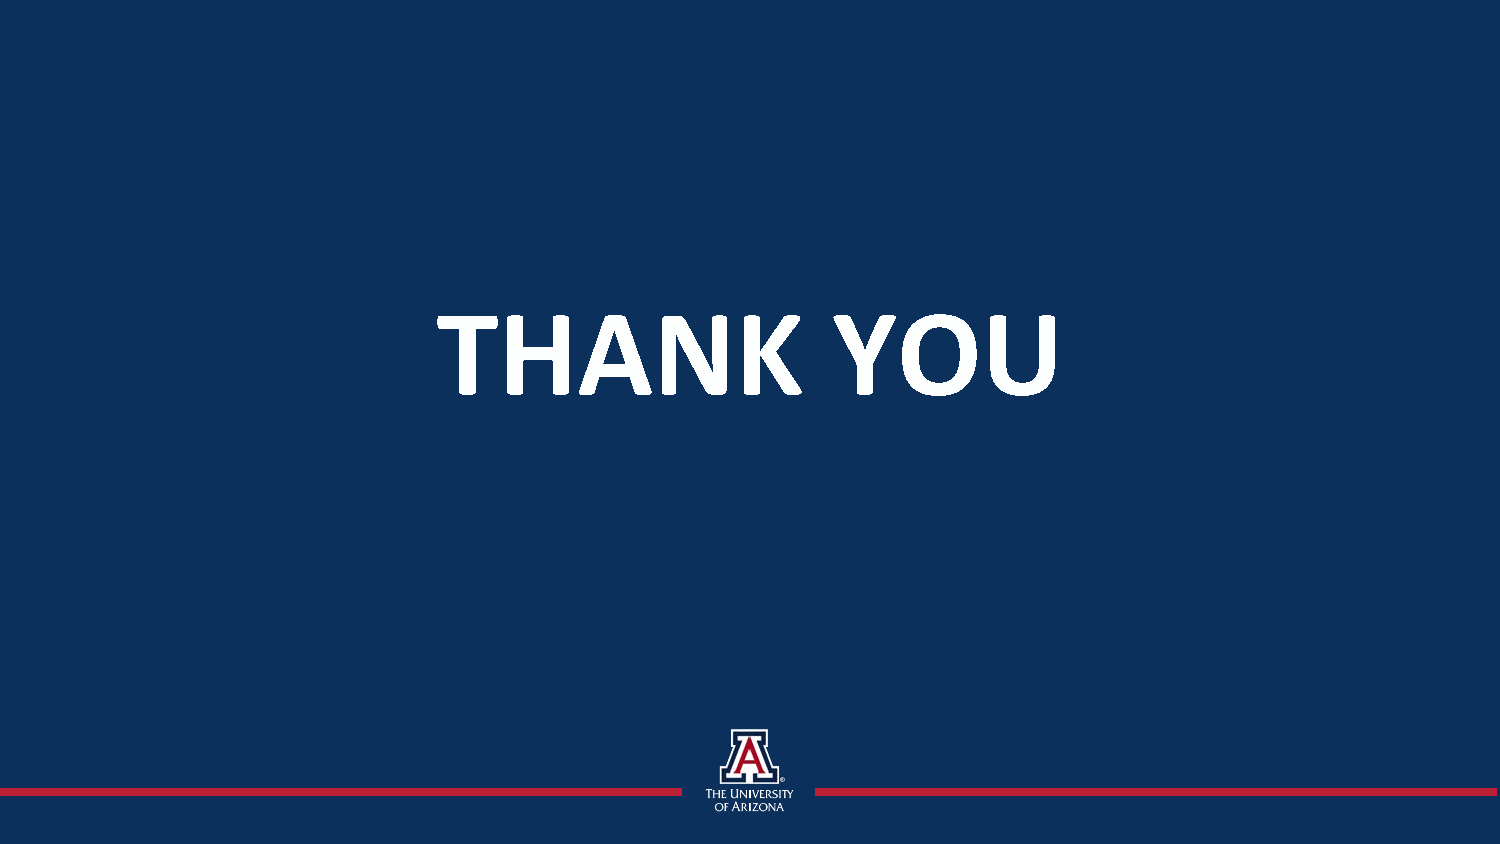
THANK                     YOU